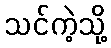
သင်ကဲ့သို့